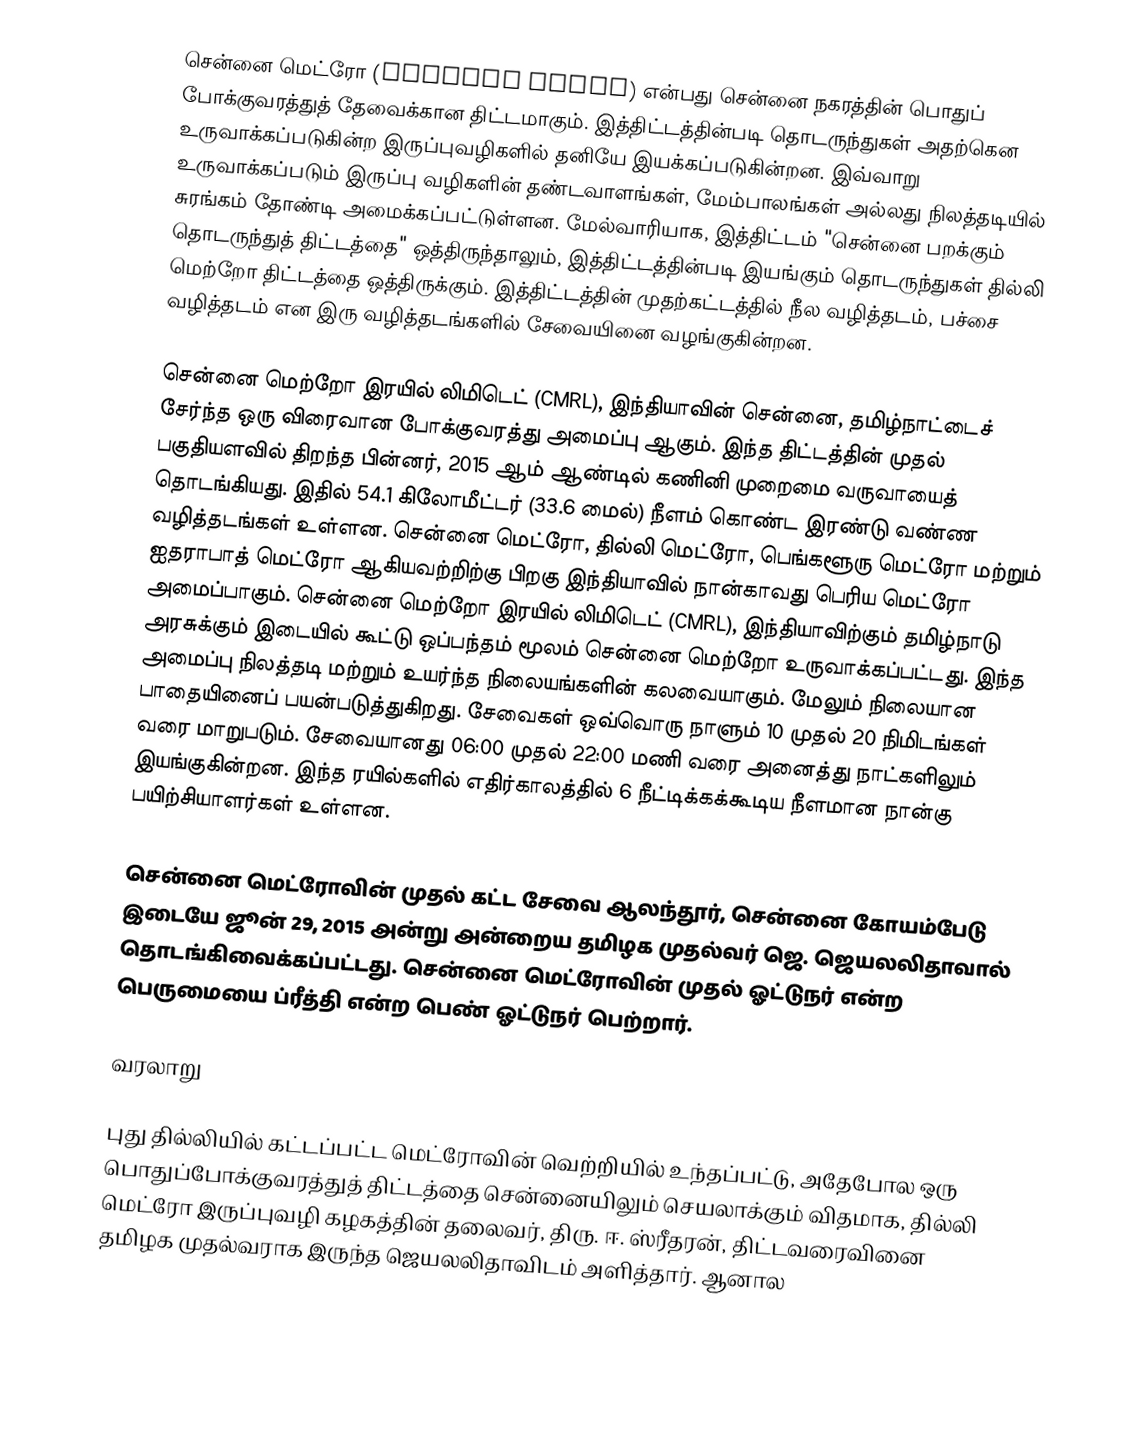
சென்னை மெட்ரோ (Chennai Metro) என்பது சென்னை நகரத்தின் பொதுப் போக்குவரத்துத் தேவைக்கான திட்டமாகும். இத்திட்டத்தின்படி தொடருந்துகள் அதற்கென உருவாக்கப்படுகின்ற இருப்புவழிகளில் தனியே இயக்கப்படுகின்றன. இவ்வாறு உருவாக்கப்படும் இருப்பு வழிகளின் தண்டவாளங்கள், மேம்பாலங்கள் அல்லது நிலத்தடியில் சுரங்கம் தோண்டி அமைக்கப்பட்டுள்ளன. மேல்வாரியாக, இத்திட்டம் "சென்னை பறக்கும் தொடருந்துத் திட்டத்தை" ஒத்திருந்தாலும், இத்திட்டத்தின்படி இயங்கும் தொடருந்துகள் தில்லி மெற்றோ திட்டத்தை ஒத்திருக்கும். இத்திட்டத்தின் முதற்கட்டத்தில் நீல வழித்தடம், பச்சை வழித்தடம் என இரு வழித்தடங்களில் சேவையினை வழங்குகின்றன.

சென்னை மெற்றோ இரயில் லிமிடெட் (CMRL), இந்தியாவின் சென்னை, தமிழ்நாட்டைச் சேர்ந்த ஒரு விரைவான போக்குவரத்து அமைப்பு ஆகும். இந்த திட்டத்தின் முதல் பகுதியளவில் திறந்த பின்னர், 2015 ஆம் ஆண்டில் கணினி முறைமை வருவாயைத் தொடங்கியது. இதில் 54.1 கிலோமீட்டர் (33.6 மைல்) நீளம் கொண்ட இரண்டு வண்ண வழித்தடங்கள் உள்ளன. சென்னை மெட்ரோ, தில்லி மெட்ரோ, பெங்களூரு மெட்ரோ மற்றும் ஐதராபாத் மெட்ரோ ஆகியவற்றிற்கு பிறகு இந்தியாவில் நான்காவது பெரிய மெட்ரோ அமைப்பாகும். சென்னை மெற்றோ இரயில் லிமிடெட் (CMRL), இந்தியாவிற்கும் தமிழ்நாடு அரசுக்கும் இடையில் கூட்டு ஒப்பந்தம் மூலம் சென்னை மெற்றோ உருவாக்கப்பட்டது. இந்த அமைப்பு நிலத்தடி மற்றும் உயர்ந்த நிலையங்களின் கலவையாகும். மேலும் நிலையான பாதையினைப் பயன்படுத்துகிறது. சேவைகள் ஒவ்வொரு நாளும் 10 முதல் 20 நிமிடங்கள் வரை மாறுபடும். சேவையானது 06:00 முதல் 22:00 மணி வரை அனைத்து நாட்களிலும் இயங்குகின்றன. இந்த ரயில்களில் எதிர்காலத்தில் 6 நீட்டிக்கக்கூடிய நீளமான நான்கு பயிற்சியாளர்கள் உள்ளன.

சென்னை மெட்ரோவின் முதல் கட்ட சேவை ஆலந்தூர், சென்னை கோயம்பேடு இடையே ஜூன் 29, 2015 அன்று அன்றைய தமிழக முதல்வர் ஜெ. ஜெயலலிதாவால் தொடங்கிவைக்கப்பட்டது. சென்னை மெட்ரோவின் முதல் ஓட்டுநர் என்ற பெருமையை ப்ரீத்தி என்ற பெண் ஓட்டுநர் பெற்றார்.

வரலாறு

புது தில்லியில் கட்டப்பட்ட மெட்ரோவின் வெற்றியில் உந்தப்பட்டு, அதேபோல ஒரு பொதுப்போக்குவரத்துத் திட்டத்தை சென்னையிலும் செயலாக்கும் விதமாக, தில்லி மெட்ரோ இருப்புவழி கழகத்தின் தலைவர், திரு. ஈ. ஸ்ரீதரன், திட்டவரைவினை தமிழக முதல்வராக இருந்த ஜெயலலிதாவிடம் அளித்தார். ஆனால